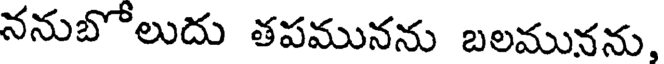
ననుబోలుదు తపమునను బలమునను,